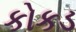
કોકડ